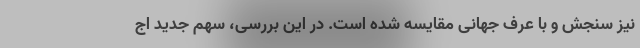
نیز سنجش و با عرف جهانی مقایسه شده است. در این بررسی، سهم جدید اج